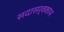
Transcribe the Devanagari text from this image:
सदासर्वकाभ